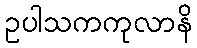
ဥပါသကကုလာနိ